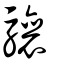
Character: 驤